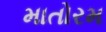
માતોરમ